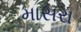
માસરા